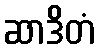
ဆာဒိတံ